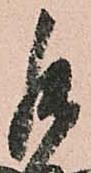
罷